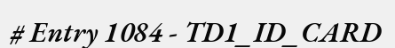
# Entry 1084 - TD1_ID_CARD